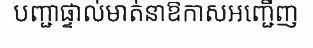
បញ្ជាផ្ទាល់មាត់នាឱកាសអញ្ជើញ